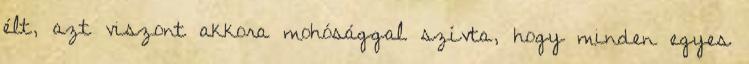
élt, azt viszont akkora mohósággal szívta, hogy minden egyes